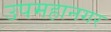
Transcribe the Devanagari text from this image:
उपमहानगर